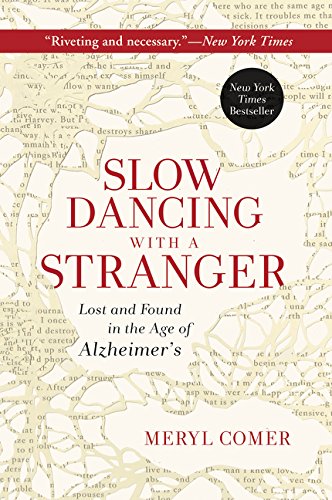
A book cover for Slow Dancing with a Stranger: Lost and Found in the Age of Alzheimer's; Meryl Comer; Health, Fitness & Dieting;